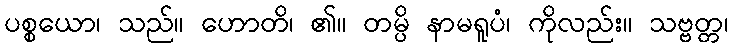
ပစ္စယော၊ သည်။ ဟောတိ၊ ၏။ တမ္ပိ နာမရူပံ၊ ကိုလည်း။ သဗ္ဗတ္တ၊